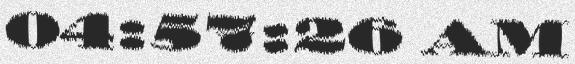
04:57:26 AM